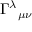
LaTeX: \Gamma ^ { \lambda } { } _ { \mu \nu }